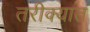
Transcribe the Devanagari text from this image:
तरीक्यात